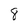
Character: 8